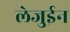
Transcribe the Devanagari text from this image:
लेजुईन